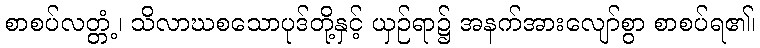
စာစပ်လတ္တံ့၊ သိလာဃစသောပုဒ်တို့နှင့် ယှဉ်ရာ၌ အနက်အားလျော်စွာ စာစပ်ရ၏၊